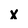
Character: X